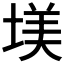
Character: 𡎤